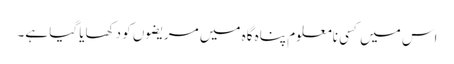
اس میں کسی نامعلوم پناہ گاہ میں مریضوں کو دکھایا گیا ہے۔